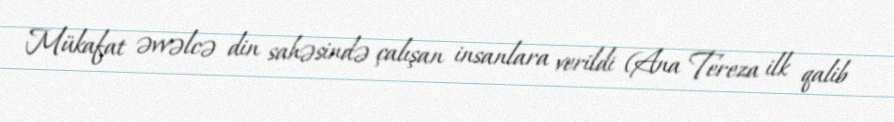
Mükafat əvvəlcə din sahəsində çalışan insanlara verildi (Ana Tereza ilk qalib